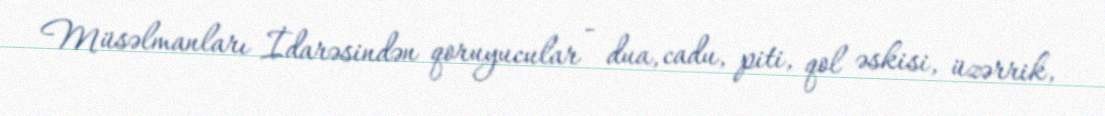
Müsəlmanları İdarəsindən qoruyucular - dua, cadu, piti, qol əskisi, üzərrik,